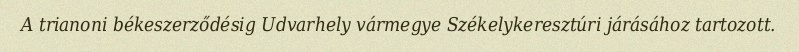
A trianoni békeszerződésig Udvarhely vármegye Székelykeresztúri járásához tartozott.